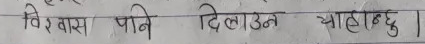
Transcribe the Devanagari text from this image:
विश्वास पनि दिलाउन चाहान्छु।